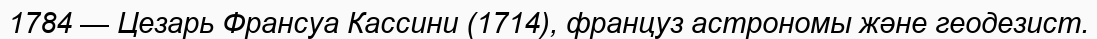
1784 — Цезарь Франсуа Кассини (1714), француз астрономы және геодезист.